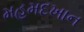
મહમદખાન